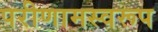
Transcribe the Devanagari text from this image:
परीणामस्वरूप